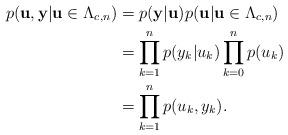
LaTeX: \begin{align*}p(\mathbf u , \mathbf y | \mathbf u \in \Lambda_{c,n} ) &= p(\mathbf y | \mathbf u )p(\mathbf u| \mathbf u \in \Lambda_{c,n} )\\ & = \prod_{k=1}^n p(y_k | u_k)\prod_{k=0}^n p(u_k)\\ & = \prod_{k=1}^n p(u_k , y_k).\end{align*}